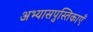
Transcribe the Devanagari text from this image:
अभ्यासपुस्तिकाएँ